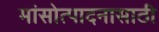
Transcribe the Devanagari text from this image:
मांसोत्पादनासाठी